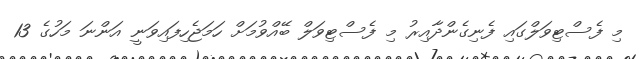
މި ފެސްޓިވަލްގައި ފެނިގެންދާއިރު މި ފެސްޓިވަލް ބޭއްވުމަށް ހަމަޖެހިފައިވަނީ އަންނަ މަހުގެ 13